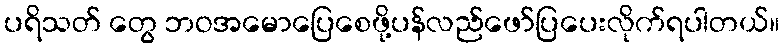
ပရိသတ် တွေ ဘဝအမောပြေစေဖို့ပန်လည်ဖော်ပြပေးလိုက်ရပါတယ်။